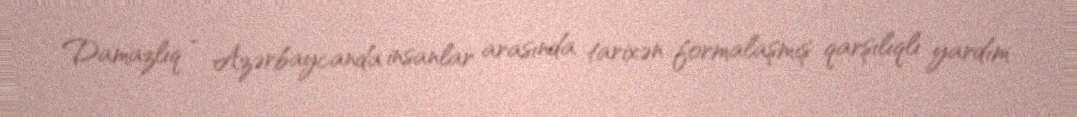
Damazlıq - Azərbaycanda insanlar arasında tarixən formalaşmış qarşılıqlı yardım